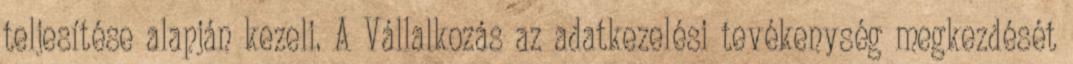
teljesítése alapján kezeli. A Vállalkozás az adatkezelési tevékenység megkezdését